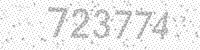
Solution: 723774